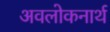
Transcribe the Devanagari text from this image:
अवलोकनार्थ